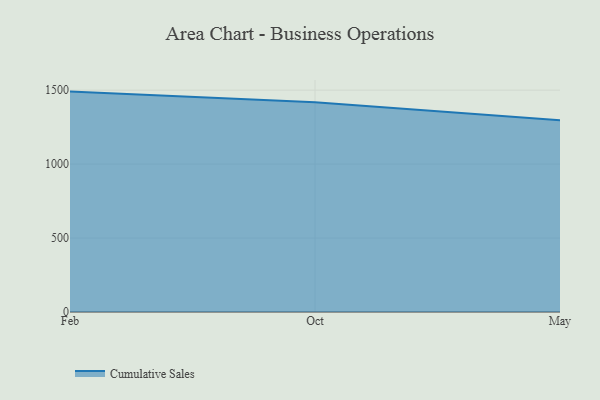
{"axis": {"x": "Month", "y": "Bounce Rate (%)"}, "legend": ["Cumulative Sales"], "data": [{"x": "Feb", "y": 1490.1, "type": "Cumulative Sales"}, {"x": "Oct", "y": 1417.3, "type": "Cumulative Sales"}, {"x": "May", "y": 1296.6, "type": "Cumulative Sales"}]}